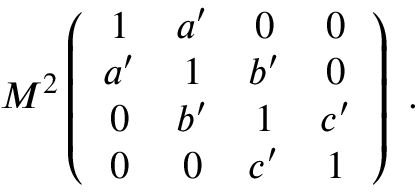
M ^ { 2 } \left( \begin{array} { c c c c } { { 1 } } & { { a ^ { \prime } } } & { { 0 } } & { { 0 } } \\ { { a ^ { \prime } } } & { { 1 } } & { { b ^ { \prime } } } & { { 0 } } \\ { { 0 } } & { { b ^ { \prime } } } & { { 1 } } & { { c ^ { \prime } } } \\ { { 0 } } & { { 0 } } & { { c ^ { \prime } } } & { { 1 } } \end{array} \right) \ .